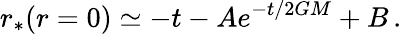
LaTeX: r_{*}(r=0)\simeq-t-Ae^{-t/2GM}+B\, .